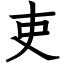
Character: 吏